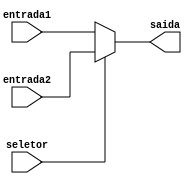
module mux2_32b(seletor, entrada1, entrada2, saida);
	input seletor;
	input [31:0]entrada1, entrada2;
	output reg [31:0]saida;
	
always @(*) begin
	if(seletor == 1'b0)
		saida = entrada1;
	else
		saida = entrada2;
	
end
endmodule